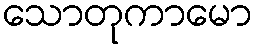
သောတုကာမော